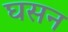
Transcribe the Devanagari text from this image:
घसन